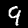
Label: 9